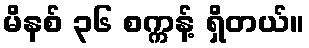
မိနစ် ၃၆ စက္ကန့် ရှိတယ်။